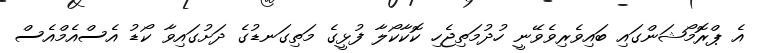
އެ ޕްރޮމޯޝަންގައި ބައިވެރިވެވޭނީ ހުދުމަތިޖެހި ކޮކާކޯލާ ފުޅީގެ މަތިގަނޑުގެ ދަށުގައިވާ ކޯޑު އެސްއެމްއެސް